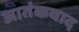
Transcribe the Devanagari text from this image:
अातंकवाद